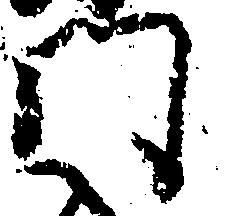
門